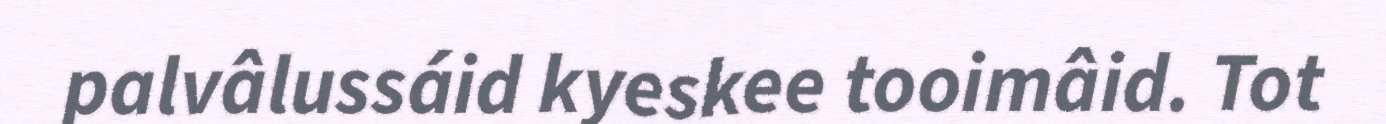
palvâlussáid kyeskee tooimâid. Tot